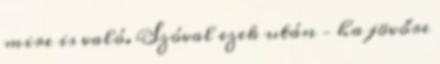
mire is való. Szóval ezek után – ha jövőre